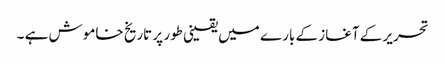
تحریر کے آغاز کے بارے میں یقینی طور پر تاریخ خاموش ہے ۔